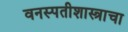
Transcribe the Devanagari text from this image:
वनस्पतीशास्त्राचा